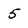
Character: 5